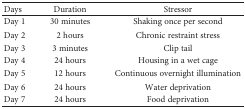
<table><thead><tr><td><b>Days</b></td><td><b>Duration</b></td><td><b>Stressor</b></td></tr></thead><tbody><tr><td>Day 1</td><td>30 minutes</td><td>Shaking once per second</td></tr><tr><td>Day 2</td><td>2 hours</td><td>Chronic restraint stress</td></tr><tr><td>Day 3</td><td>3 minutes</td><td>Clip tail</td></tr><tr><td>Day 4</td><td>24 hours</td><td>Housing in a wet cage</td></tr><tr><td>Day 5</td><td>12 hours</td><td>Continuous overnight illumination</td></tr><tr><td>Day 6</td><td>24 hours</td><td>Water deprivation</td></tr><tr><td>Day 7</td><td>24 hours</td><td>Food deprivation</td></tr></tbody></table>